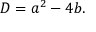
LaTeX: D = a ^ { 2 } - 4 b .